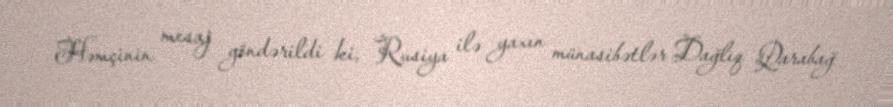
Həmçinin mesaj göndərildi ki, Rusiya ilə yaxın münasibətlər Dağlıq Qarabağ